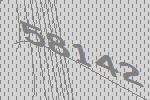
58142